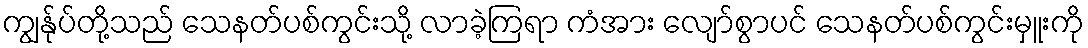
ကျွန်ုပ်တို့သည် သေနတ်ပစ်ကွင်းသို့ လာခဲ့ကြရာ ကံအား လျော်စွာပင် သေနတ်ပစ်ကွင်းမှူးကို